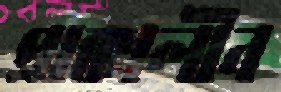
প্রাক্কালীন